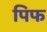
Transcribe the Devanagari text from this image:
पिफ